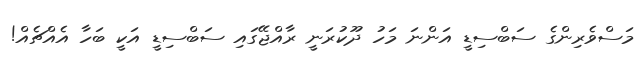
މަސްވެރިންގެ ސަބްސިޑީ އަންނަ މަހު ދޫކުރަނީ ރާއްޖޭގައި ސަބްސިޑީ އަކީ ބަހާ އެއްޗެއް!